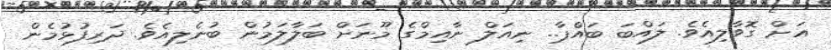
އަށް ގޮވާލިއެވެ. ލައްބަ ބައްޕާ.. ނިއަލް ނާއިމްގެ މޫނަށް ބަލާލަމުން ބުނެލިއެވެ. ދަރިފުޅުމެން